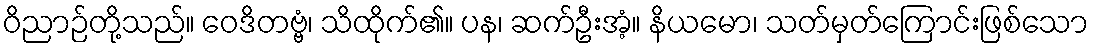
ဝိညာဉ်တို့သည်။ ဝေဒိတဗ္ဗံ၊ သိထိုက်၏။ ပန၊ ဆက်ဦးအံ့။ နိယမော၊ သတ်မှတ်ကြောင်းဖြစ်သော